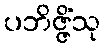
ပဘိဇ္ဇိံသု